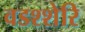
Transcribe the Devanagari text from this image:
वडश्शेरि